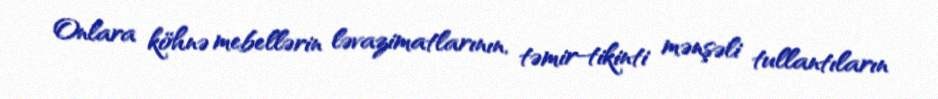
Onlara köhnə mebellərin ləvazimatlarının, təmir-tikinti mənşəli tullantıların